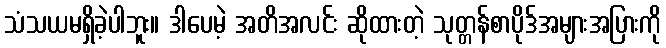
သံသယမရှိခဲ့ပါဘူး။ ဒါပေမဲ့ အတိအလင်း ဆိုထားတဲ့ သုတ္တန်စာပိုဒ်အများအပြားကို